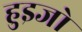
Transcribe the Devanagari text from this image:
हुइजो